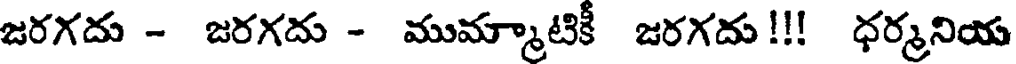
జరగదు - జరగదు - ముమ్మాటికీ జరగదు!!! ధర్మనియ